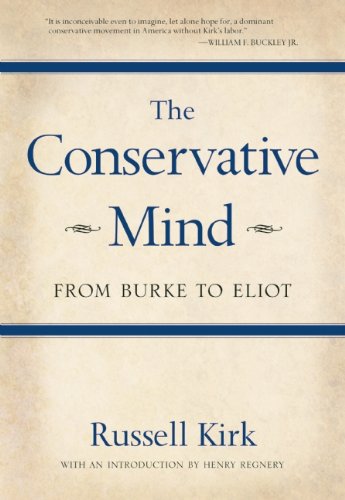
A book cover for The Conservative Mind: From Burke to Eliot; Russell Kirk; Politics & Social Sciences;